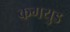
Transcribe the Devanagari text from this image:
कगयुड